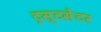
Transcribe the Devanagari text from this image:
ट्रस्टसेंटर